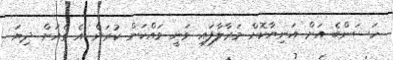
ހަސަންބެ އަށް އަނިޔާކޮށް މަރާލާފައި ވަނީ ވައްކަން ކުރަން އެ ގެއަށް ދިޔަ